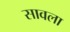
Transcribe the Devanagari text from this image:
सावला